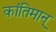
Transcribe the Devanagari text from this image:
कांतिमान्‌